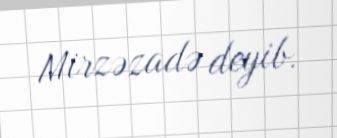
Mirzəzadə deyib.